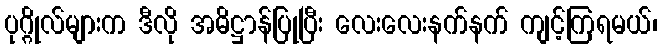
ပုဂ္ဂိုလ်များက ဒီလို အဓိဋ္ဌာန်ပြုပြီး လေးလေးနက်နက် ကျင့်ကြရမယ်၊